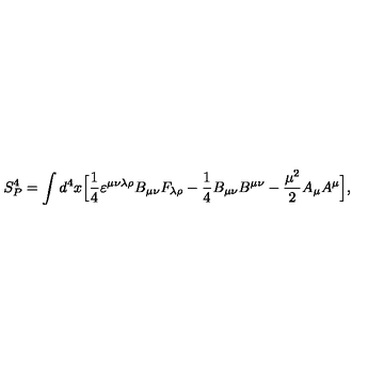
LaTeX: S _ { P } ^ { 4 } = \int d ^ { 4 } x \Bigl [ { \frac { 1 } { 4 } } \varepsilon ^ { \mu \nu \lambda \rho } B _ { \mu \nu } F _ { \lambda \rho } - { \frac { 1 } { 4 } } B _ { \mu \nu } B ^ { \mu \nu } - { \frac { \mu ^ { 2 } } { 2 } } A _ { \mu } A ^ { \mu } \Bigl ] ,